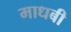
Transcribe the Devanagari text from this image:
माधबी